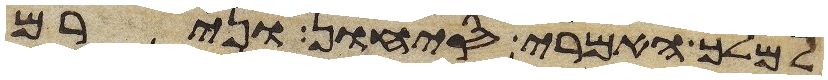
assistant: למלך האמרי סיחון ונירם